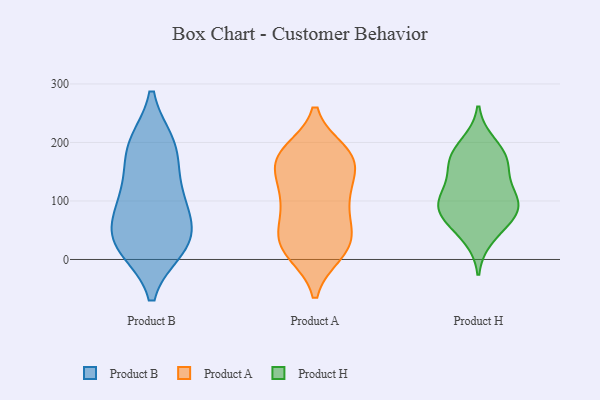
{"axis": {"x": "Headcount", "y": "Value"}, "legend": ["Product A", "Product B", "Product H"], "data": [{"x": "", "y": 21, "type": "Product B"}, {"x": "", "y": 190, "type": "Product B"}, {"x": "", "y": 74, "type": "Product B"}, {"x": "", "y": 34, "type": "Product B"}, {"x": "", "y": 26, "type": "Product B"}, {"x": "", "y": 20, "type": "Product B"}, {"x": "", "y": 56, "type": "Product B"}, {"x": "", "y": 99, "type": "Product B"}, {"x": "", "y": 140, "type": "Product B"}, {"x": "", "y": 110, "type": "Product B"}, {"x": "", "y": 197, "type": "Product B"}, {"x": "", "y": 197, "type": "Product B"}, {"x": "", "y": 52, "type": "Product A"}, {"x": "", "y": 176, "type": "Product A"}, {"x": "", "y": 184, "type": "Product A"}, {"x": "", "y": 12, "type": "Product A"}, {"x": "", "y": 167, "type": "Product A"}, {"x": "", "y": 164, "type": "Product A"}, {"x": "", "y": 55, "type": "Product A"}, {"x": "", "y": 98, "type": "Product A"}, {"x": "", "y": 103, "type": "Product A"}, {"x": "", "y": 101, "type": "Product A"}, {"x": "", "y": 125, "type": "Product A"}, {"x": "", "y": 49, "type": "Product A"}, {"x": "", "y": 35, "type": "Product A"}, {"x": "", "y": 168, "type": "Product A"}, {"x": "", "y": 10, "type": "Product A"}, {"x": "", "y": 176, "type": "Product A"}, {"x": "", "y": 127, "type": "Product A"}, {"x": "", "y": 25, "type": "Product A"}, {"x": "", "y": 181, "type": "Product A"}, {"x": "", "y": 11, "type": "Product A"}, {"x": "", "y": 149, "type": "Product H"}, {"x": "", "y": 161, "type": "Product H"}, {"x": "", "y": 37, "type": "Product H"}, {"x": "", "y": 90, "type": "Product H"}, {"x": "", "y": 84, "type": "Product H"}, {"x": "", "y": 177, "type": "Product H"}, {"x": "", "y": 68, "type": "Product H"}, {"x": "", "y": 175, "type": "Product H"}, {"x": "", "y": 110, "type": "Product H"}, {"x": "", "y": 68, "type": "Product H"}, {"x": "", "y": 198, "type": "Product H"}, {"x": "", "y": 106, "type": "Product H"}, {"x": "", "y": 102, "type": "Product H"}]}